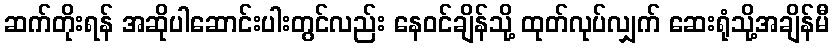
ဆက်တိုးရန် အဆိုပါဆောင်းပါးတွင်လည်း နေဝင်ချိန်သို့ ထုတ်လုပ်လျှက် ဆေးရုံသို့အချိန်မီ